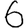
Digit: 6